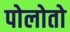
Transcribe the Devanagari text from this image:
पोलोतो